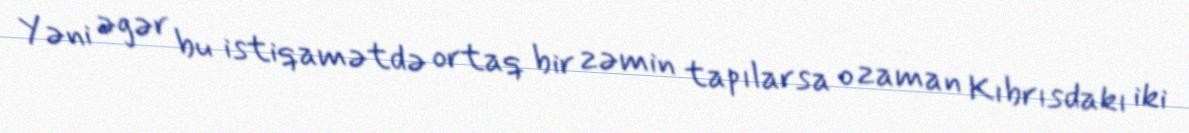
Yəni əgər bu istiqamətdə ortaq bir zəmin tapılarsa o zaman Kıbrısdakı iki